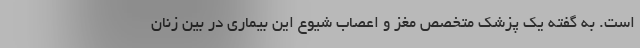
است. به گفته یک پزشک متخصص مغز و اعصاب شیوع این بیماری در بین زنان